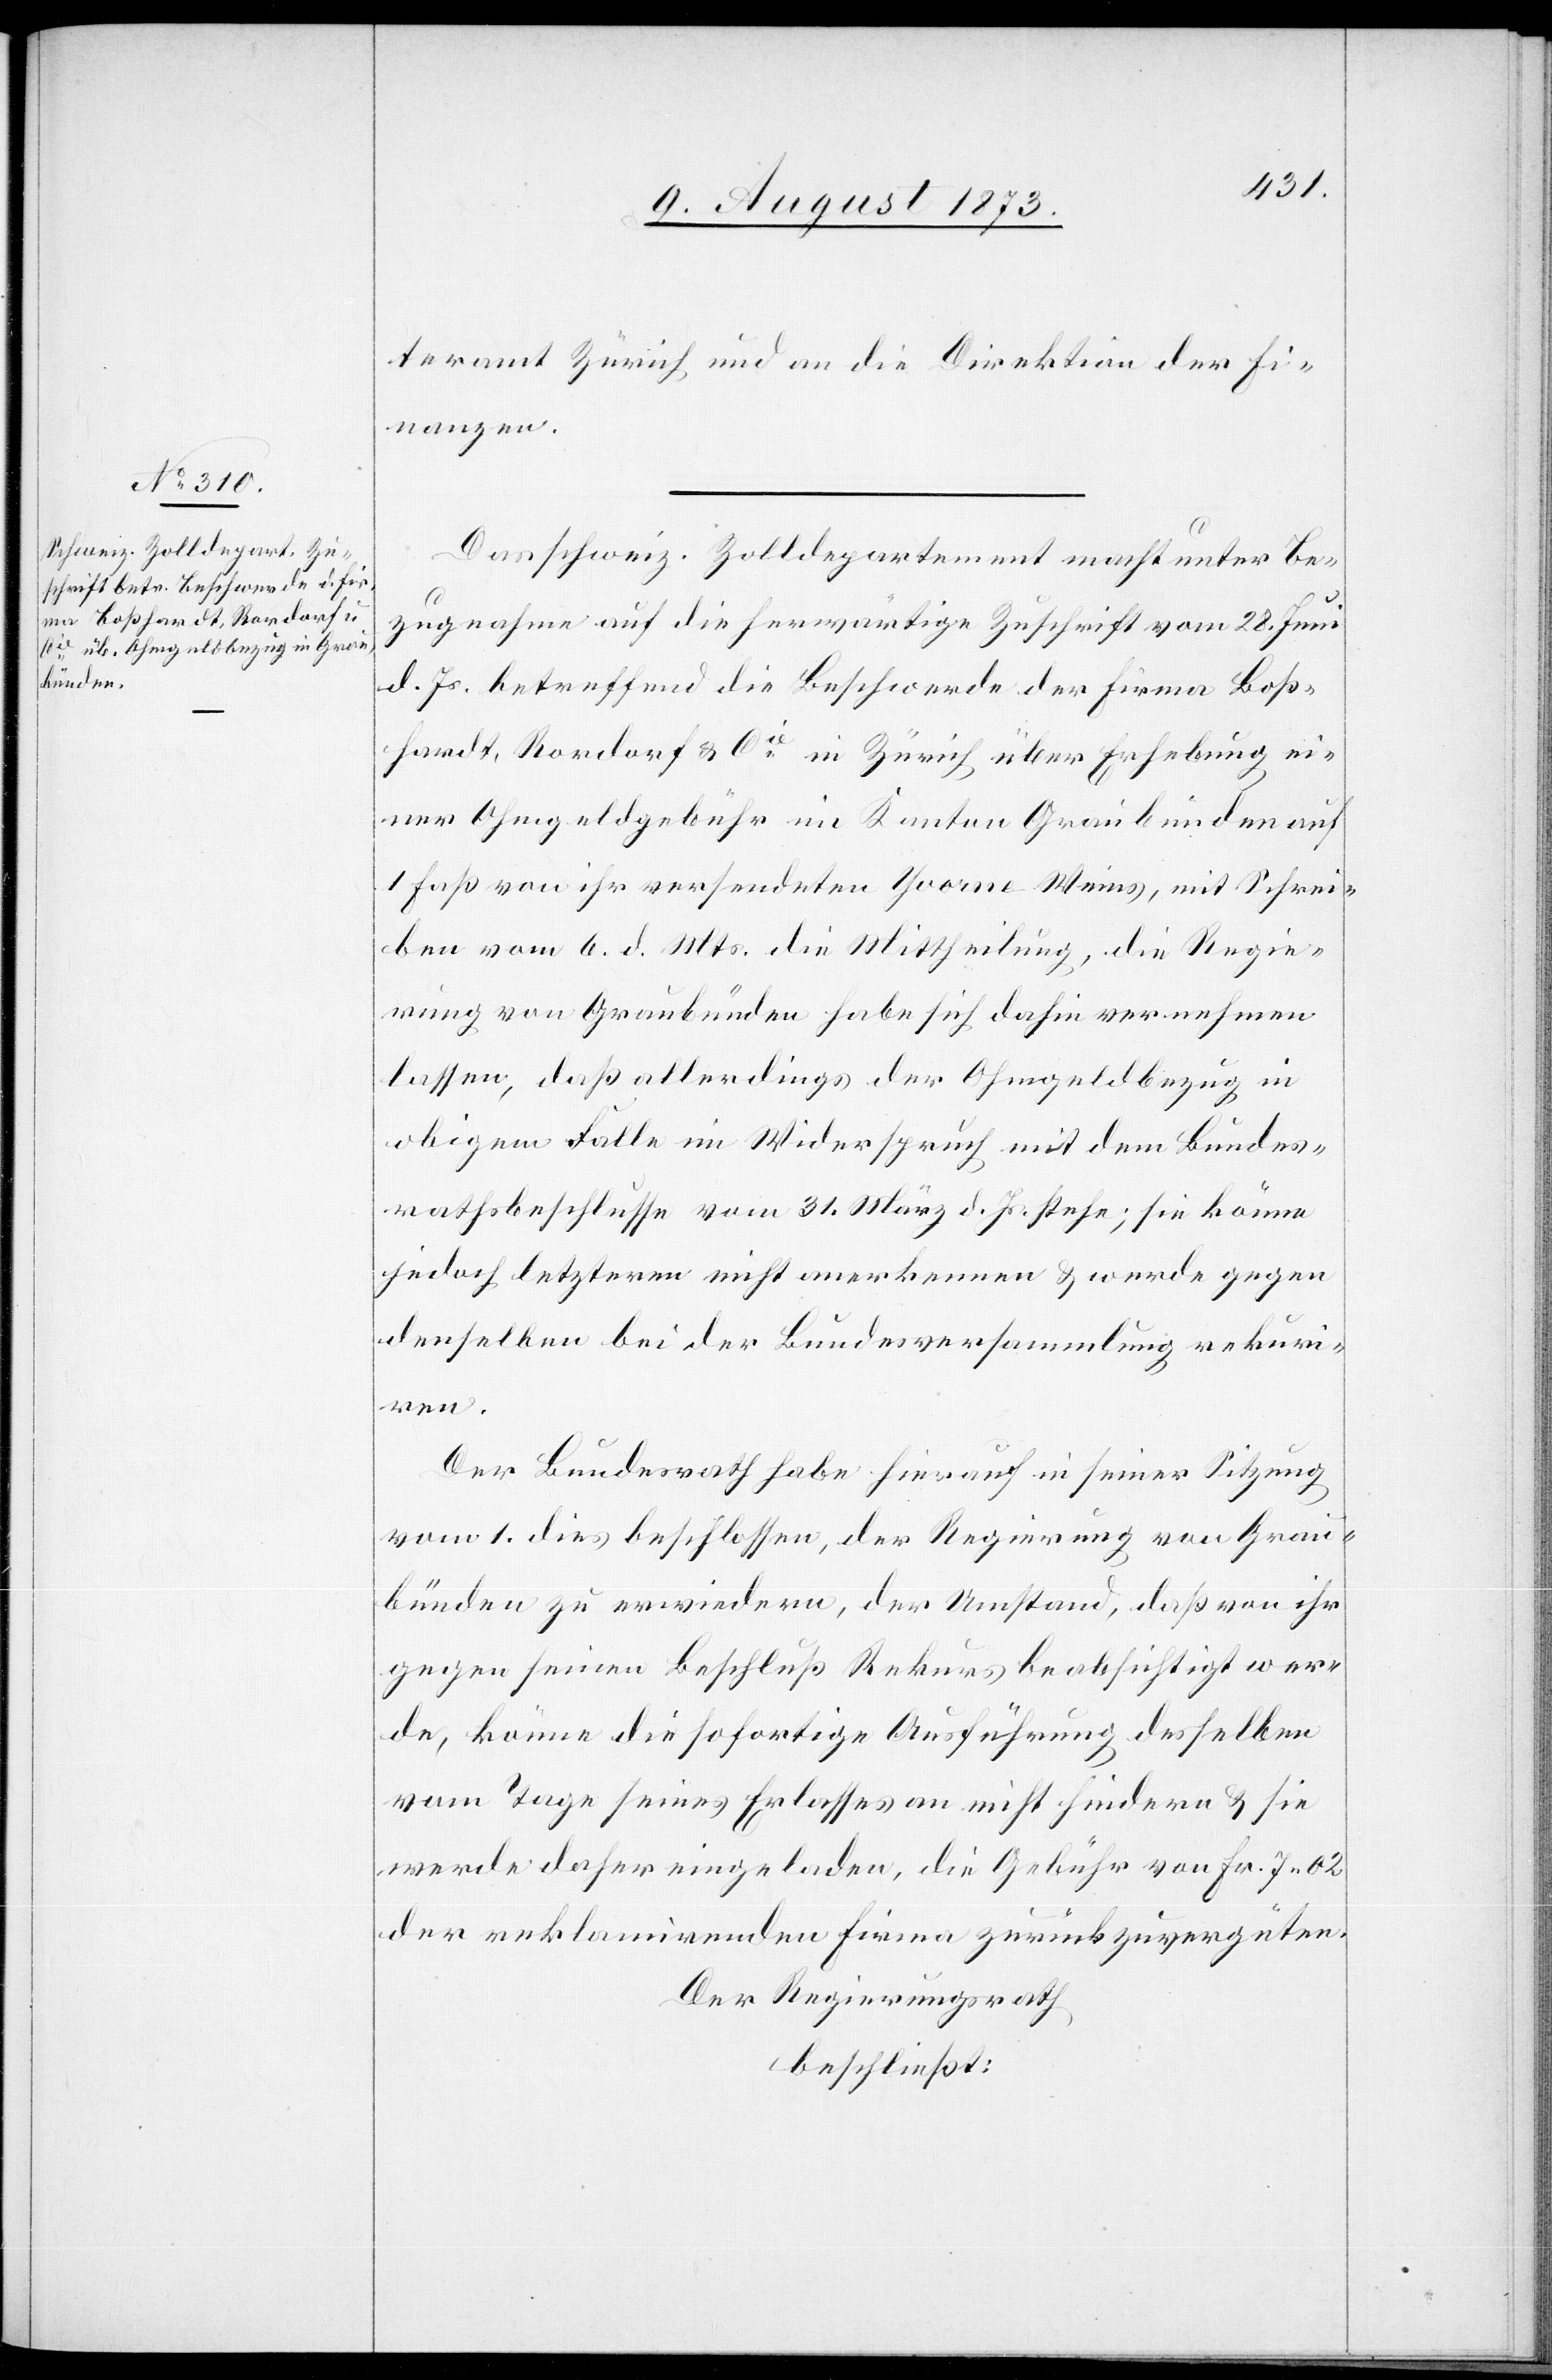
teramt Zürich und an die Direktion der Fi¬
nanzen.
Das schweiz. Zolldepartement macht unter Be¬
zugnahme auf die herwärtige Zuschrift vom 28. Juni
d. Js. betreffend die Beschwerde der Firma Boß¬
hardt, Rordorf & Cie in Zürich über Erhebung ei¬
ner Ohmgeldgebühr im Kanton Graubünden auf
1 Faß von ihr versendeten Yvorne-Weins, mit Schrei¬
ben vom 6. d. Mts. die Mittheilung, die Regie¬
rung von Graubünden habe sich dahin vernehmen
lassen, daß allerdings der Ohmgeldbezug in
obigem Falle im Widerspruch mit dem Bundes¬
rathsbeschlusse vom 31. März d. Js. stehe; sie könne
jedoch letzteren nicht anerkennen & werde gegen
denselben bei der Bundesversammlung rekuri¬
ren.
Der Bundesrath habe hierauf in seiner Sitzung
vom 1. dies beschlossen, der Regierung von Grau¬
bünden zu erwiedern, der Umstand, daß von ihr
gegen seinen Beschluß Rekurs beabsichtigt wer¬
de, könne die sofortige Ausführung desselben
vom Tage seines Erlasses an nicht hindern & sie
werde daher eingeladen, die Gebühr von Fr. 7 02
der reklamirenden Firma zurückzuvergüten.
Der Regierungsrath
beschließt: